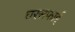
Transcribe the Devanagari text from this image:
घरसफाई